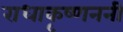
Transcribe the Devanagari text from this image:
राधाकृष्णननी